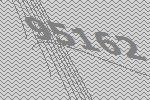
95162